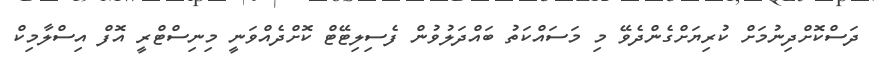
ދަސްކޮށްދިނުމަށް ކުރިޔަށްގެންދެވޭ މި މަސައްކަތު ބައްދަލުވުން ފެސިލިޓޭޓް ކޮށްދެއްވަނީ މިނިސްޓްރީ އޮފް އިސްލާމިކް